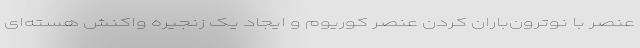
عنصر با نوترون‌باران کردن عنصر کوریوم و ایجاد یک زنجیره واکنش هسته‌ای